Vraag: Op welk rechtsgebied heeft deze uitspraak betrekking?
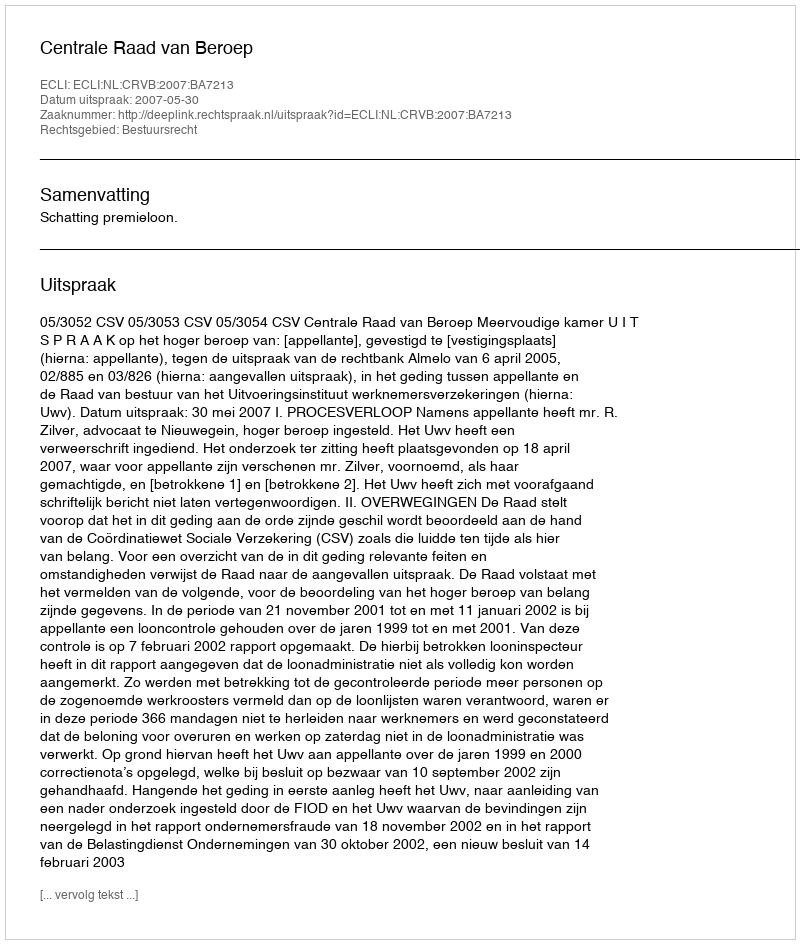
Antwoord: Bestuursrecht